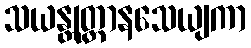
သယန္တုတ္တာနသေယျကာ